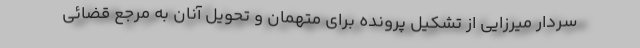
سردار میرزایی از تشکیل پرونده برای متهمان و تحویل آنان به مرجع قضائی